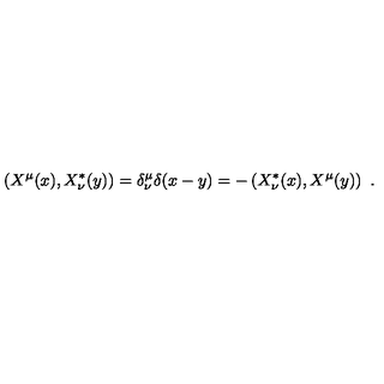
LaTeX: \left( X ^ { \mu } ( x ) , X _ { \nu } ^ { * } ( y ) \right) = \delta _ { \nu } ^ { \mu } \delta ( x - y ) = - \left( X _ { \nu } ^ { * } ( x ) , X ^ { \mu } ( y ) \right) \ .